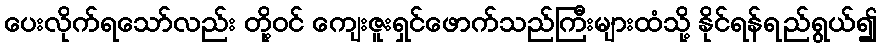
ပေးလိုက်ရသော်လည်း တို့ဝင် ကျေးဇူးရှင်ဖောက်သည်ကြီးများထံသို့ နိုင်ရန်ရည်ရွယ်၍